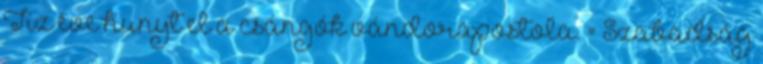
Tíz éve hunyt el a csángók vándorapostola. = Szabadság